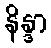
နိန္ဒာ